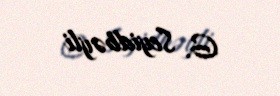
G. Seyidbəyli